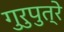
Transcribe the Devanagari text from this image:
गुरुपुत्रे